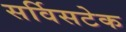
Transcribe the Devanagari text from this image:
सर्विसटेक